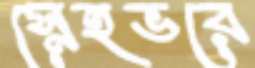
স্নেহভরে